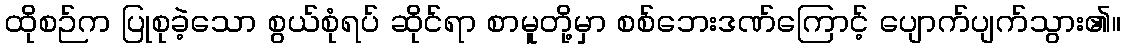
ထိုစဉ်က ပြုစုခဲ့သော စွယ်စုံရပ် ဆိုင်ရာ စာမူတို့မှာ စစ်ဘေးဒဏ်ကြောင့် ပျောက်ပျက်သွား၏။